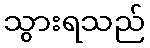
သွားရသည်